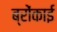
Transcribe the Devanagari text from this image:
ब्रोंकाई